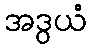
အဒွယံ